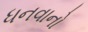
ધનવાનો